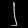
Digit: ၂